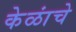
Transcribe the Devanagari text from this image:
केळांचे